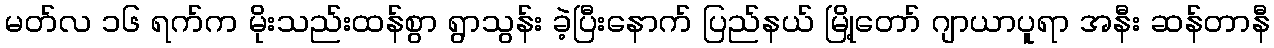
မတ်လ ၁၆ ရက်က မိုးသည်းထန်စွာ ရွာသွန်း ခဲ့ပြီးနောက် ပြည်နယ် မြို့တော် ဂျာယာပူရာ အနီး ဆန်တာနီ